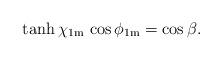
LaTeX: \begin{align*}\tanh\chi_{{\rm 1m}} \, \cos\phi_{{\rm 1m}} = \cos\beta. \end{align*}